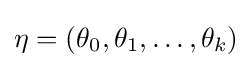
\eta =\left(\theta _{0},\theta _{1},\ldots ,\theta _{k}\right)